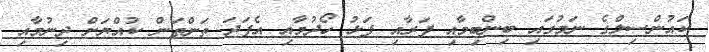
ކައުންސިލްގެ ނަމުގައި ބިންބިމާއި ފަރާއި ފަޅު ހޯދުމާއި އެފަދަ ތަންތަން ކުއްޔަށް ދިނުމާއި